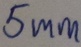
Text: 5mm